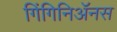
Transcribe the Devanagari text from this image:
गिंगिनिॲनस